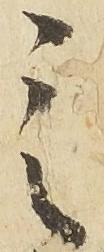
之